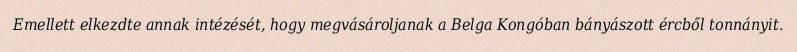
Emellett elkezdte annak intézését, hogy megvásároljanak a Belga Kongóban bányászott ércből tonnányit.